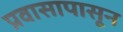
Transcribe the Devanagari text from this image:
प्रवासापासून